Calcutta medical institutions reports 1871-78
Year: 1871
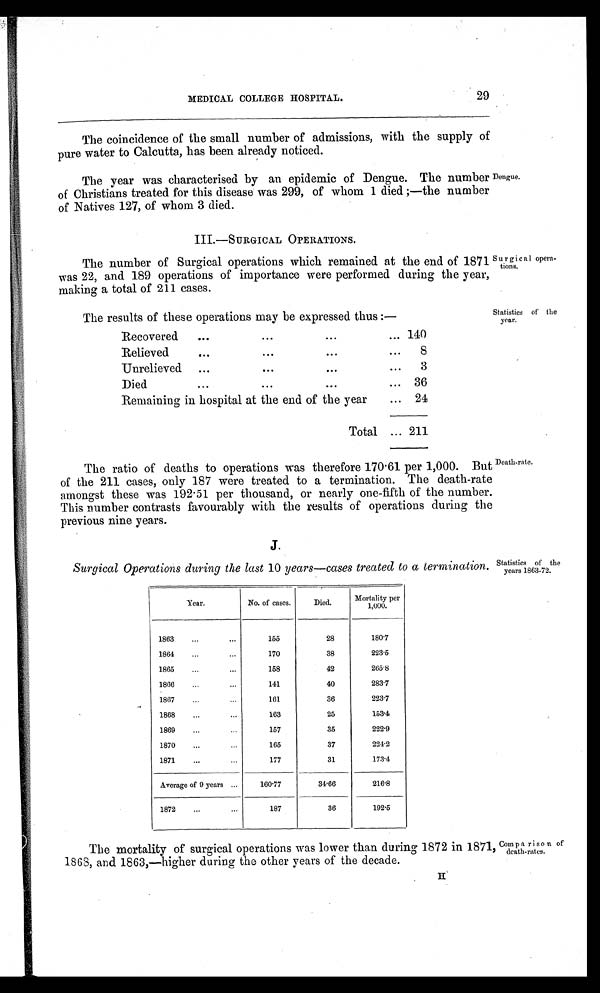
MEDICAL COLLEGE HOSPITAL.
29
The coincidence of the small number of admissions, with the supply of
pure water to Calcutta, has been already noticed.
The year was characterised by an epidemic of Dengue. The number
of Christians treated for this disease was 299, of whom 1 died;—the number
of Natives 127, of whom 3 died.
Dengue.
III.—SURGICAL OPERATIONS.
The number of Surgical operations which remained at the end of 1871
was 22, and 189 operations of importance were performed during the year,
making a total of 211 cases.
The results of these operations may be expressed thus:—
Recovered
140
Relieved
8
Unrelieved
3
Died
36
Remaining in hospital at the end of the year
24
Total
211
The ratio of deaths to operations was therefore 170.61 per 1,000. But
of the 211 cases, only 187 were treated to a termination. The death-rate
amongst these was 192.51 per thousand, or nearly one-fifth of the number.
This number contrasts favourably with the results of operations during the
previous nine years.
J.
Surgical Operations during the last 10 years—cases treated to a termination.
Year.
No. of cases.
Died.
Mo r t a l i t y p e r 1 , 0 0 0 .
1863
1 5 5
28
180.7
1864
1 7 0
38
223.5
1865
1 5 8
42
265.8
1866
141
40
283.7
1867
161
36
2 2 3 . 7
1868
1 6 3
25
153.4
1869
157
35
222.9
1870
165
37
224.2
1871
177
31
173.4
Average of 9 years
160.77
34.66
216.8
1872
187
36
192.5
The mortality of surgical operations was lower than during 1872 in 1871,
1868, and 1863,—higher during the other years of the decade.
Surgical opera-
tions.
Statistics of the
year.
Death-rate.
Statistics of the
years 1863-72.
Comparison of
death-rates.
H